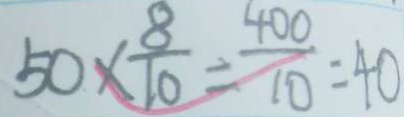
5 0 \times \frac { 8 } { 1 0 } = \frac { 4 0 0 } { 1 0 } = 4 0